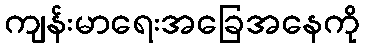
ကျန်းမာရေးအခြေအနေကို